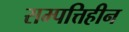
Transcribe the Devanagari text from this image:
सम्पत्तिहीन